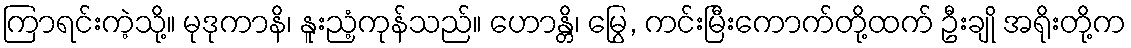
ကြာရင်းကဲ့သို့။ မုဒုကာနိ၊ နူးညံ့ကုန်သည်။ ဟောန္တိ၊ မြွေ, ကင်းမြီးကောက်တို့ထက် ဦးချို အရိုးတို့က